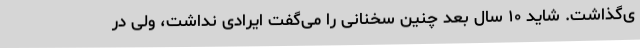
ی‌گذاشت. شاید ۱۰ سال بعد چنین سخنانی را می‌گفت ایرادی نداشت، ولی در